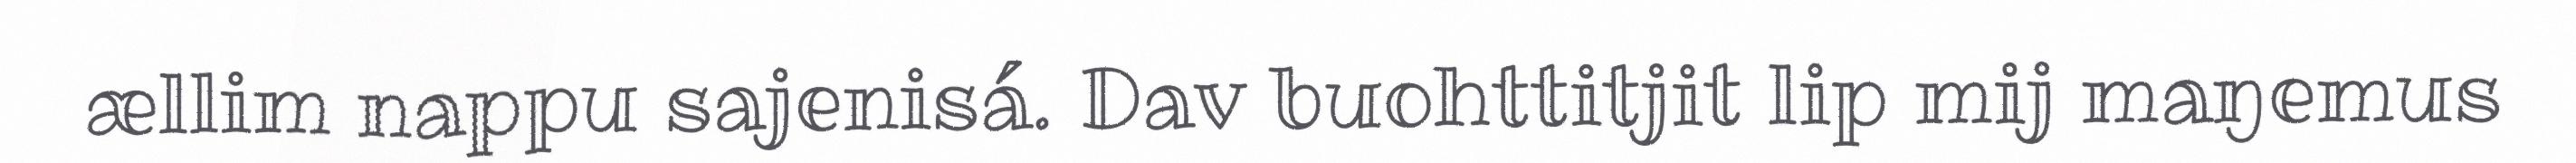
ællim nappu sajenisá. Dav buohttitjit lip mij maŋemus